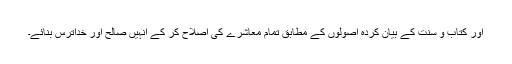
اور کتاب و سنت کے بیان کردہ اصولوں کے مطابق تمام معاشرے کی اصلاح کر کے انہیں صالح اور خداترس بنائے۔